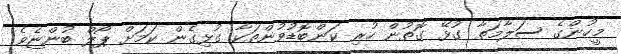
މީހުންގެ ސަލާމަތާ ގުޅޭ ގޮތުން ހުރި ކަންބޮޑުވުންތަކާ ގުޅިގެން ކަމަށް ޕޯލް ބުންޏެވެ.